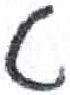
אות: ט